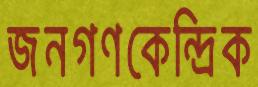
জনগণকেন্দ্রিক